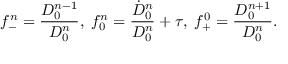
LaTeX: f _ { - } ^ { n } = \frac { D _ { 0 } ^ { n - 1 } } { D _ { 0 } ^ { n } } , \; f _ { 0 } ^ { n } = \frac { \dot { D } _ { 0 } ^ { n } } { D _ { 0 } ^ { n } } + \tau , \; f _ { + } ^ { 0 } = \frac { D _ { 0 } ^ { n + 1 } } { D _ { 0 } ^ { n } } .